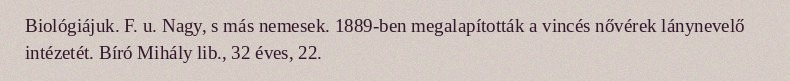
Biológiájuk. F. u. Nagy, s más nemesek. 1889-ben megalapították a vincés nővérek lánynevelő intézetét. Bíró Mihály lib., 32 éves, 22.